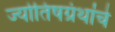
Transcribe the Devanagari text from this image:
ज्योतिषग्रंथांचे